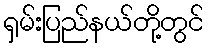
ရှမ်းပြည်နယ်တို့တွင်